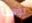
يومنا